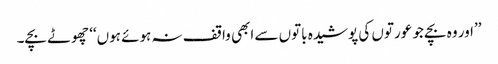
’’اور وہ بچے جو عورتوں کی پوشیدہ باتوں سے ابھی واقف نہ ہوئے ہوں‘‘ چھوٹے بچے۔